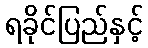
ရခိုင်ပြည်နှင့်